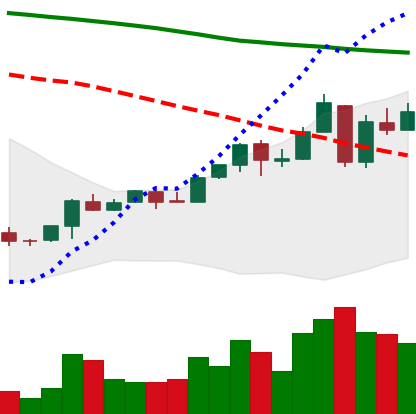
Ticker: ETC-USD
Chart end date: 2018-04-28
Forward return: 4.733%
Label: up_3_5